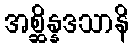
အစ္ဆိန္နဒသာနိ